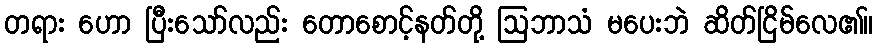
တရား ဟော ပြီးသော်လည်း တောစောင့်နတ်တို့ ဩဘာသံ မပေးဘဲ ဆိတ်ငြိမ်လေ၏။